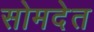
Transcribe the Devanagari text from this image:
सोमदेत